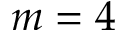
m = 4